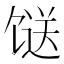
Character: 𩠌